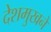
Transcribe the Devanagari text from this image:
देशमुखने